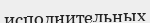
исполнительных